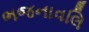
ભજનાવલિ